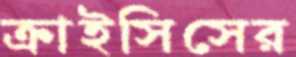
ক্রাইসিসের